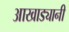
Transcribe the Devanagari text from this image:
आखाड्यानी